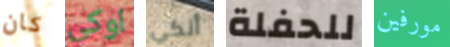
كان اوكي أنكي للحفلة مورفين